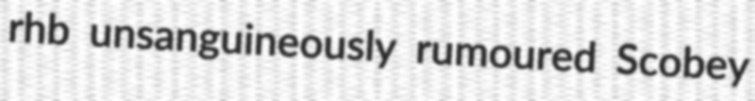
rhb unsanguineously rumoured Scobey